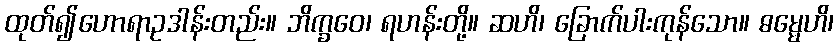
ထုတ်၍ဟောရာဥဒါန်းတည်း။ ဘိက္ခဝေ၊ ရဟန်းတို့။ ဆဟိ၊ ခြောက်ပါးကုန်သော။ ဓမ္မေဟိ၊